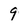
Character: 9